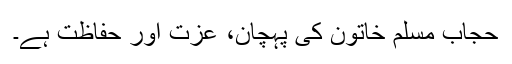
حجاب مسلم خاتون کی پہچان، عزت اور حفاظت ہے۔